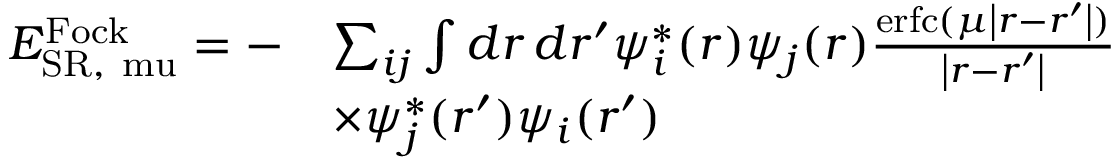
\begin{array} { r l } { E _ { \mathrm { { S R } , \ m u } } ^ { \mathrm { F o c k } } = - } & { \sum _ { i j } \int d \boldsymbol { r } \, d \boldsymbol { r ^ { \prime } } \psi _ { i } ^ { * } ( \boldsymbol { r } ) \psi _ { j } ( \boldsymbol { r } ) \frac { \mathrm { e r f c } ( \mu \left| \boldsymbol { r } - \boldsymbol { r ^ { \prime } } \right| ) } { \left| \boldsymbol { r } - \boldsymbol { r ^ { \prime } } \right| } } \\ & { \times \psi _ { j } ^ { * } ( \boldsymbol { r ^ { \prime } } ) \psi _ { i } ( \boldsymbol { r ^ { \prime } } ) } \end{array}